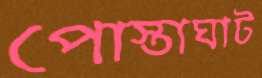
পোস্তাঘাট